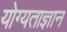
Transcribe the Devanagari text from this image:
योग्यताज्ञान